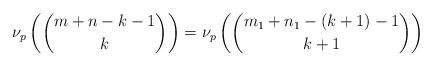
LaTeX: \begin{align*}\nu_p \left( \binom{m+n-k-1}{k} \right)=\nu_p \left( \binom{m_1+n_1-(k+1)-1}{k+1} \right)\end{align*}